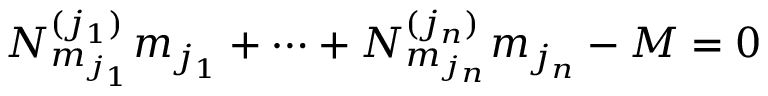
N _ { m _ { j _ { 1 } } } ^ { ( j _ { 1 } ) } m _ { j _ { 1 } } + \cdots + N _ { m _ { j _ { n } } } ^ { ( j _ { n } ) } m _ { j _ { n } } - M = 0